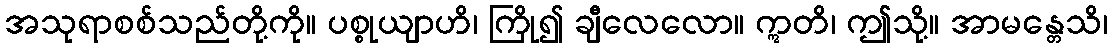
အသုရာစစ်သည်တို့ကို။ ပစ္စုယျာဟိ၊ ကြို၍ ချီလေလော။ ဣတိ၊ ဤသို့။ အာမန္တေသိ၊